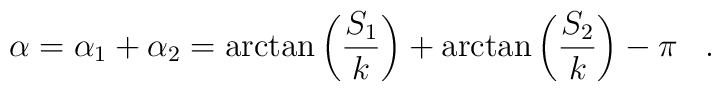
\alpha =\alpha_1 +\alpha_2=\arctan \left( \frac {S_1}k \right) +\arctan \left( \frac {S_2}k \right) -\pi \, \ \ .